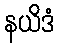
နယိဒံ